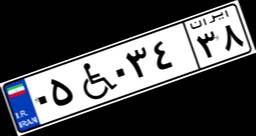
۸۸W۲۸۶۶۹